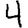
Digit: 4